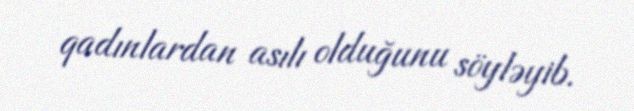
qadınlardan asılı olduğunu söyləyib.